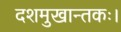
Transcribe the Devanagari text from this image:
दशमुखान्तकः।